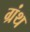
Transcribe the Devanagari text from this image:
ग्रंथ्‍ा